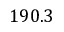
1 9 0 . 3